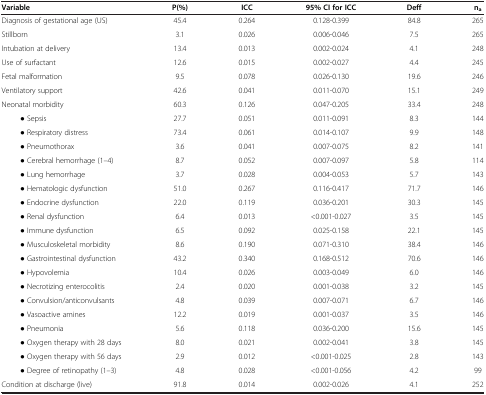
<table><thead><tr><td><b>Variable</b></td><td><b>P(%)</b></td><td><b>ICC</b></td><td><b>95% CI for ICC</b></td><td><b>Deff</b></td><td><b>n<sub>a</sub></b></td></tr></thead><tbody><tr><td>Diagnosis of gestational age (US)</td><td>45.4</td><td>0.264</td><td>0.128-0.399</td><td>84.8</td><td>265</td></tr><tr><td>Stillborn</td><td>3.1</td><td>0.026</td><td>0.006-0.046</td><td>7.5</td><td>265</td></tr><tr><td>Intubation at delivery</td><td>13.4</td><td>0.013</td><td>0.002-0.024</td><td>4.1</td><td>248</td></tr><tr><td>Use of surfactant</td><td>12.6</td><td>0.015</td><td>0.002-0.027</td><td>4.4</td><td>245</td></tr><tr><td>Fetal malformation</td><td>9.5</td><td>0.078</td><td>0.026-0.130</td><td>19.6</td><td>246</td></tr><tr><td>Ventilatory support</td><td>42.6</td><td>0.041</td><td>0.011-0.070</td><td>15.1</td><td>249</td></tr><tr><td>Neonatal morbidity</td><td>60.3</td><td>0.126</td><td>0.047-0.205</td><td>33.4</td><td>248</td></tr><tr><td>● Sepsis</td><td>27.7</td><td>0.051</td><td>0.011-0.091</td><td>8.3</td><td>144</td></tr><tr><td>● Respiratory distress</td><td>73.4</td><td>0.061</td><td>0.014-0.107</td><td>9.9</td><td>148</td></tr><tr><td>● Pneumothorax</td><td>3.6</td><td>0.041</td><td>0.007-0.075</td><td>8.2</td><td>141</td></tr><tr><td>● Cerebral hemorrhage (1–4)</td><td>8.7</td><td>0.052</td><td>0.007-0.097</td><td>5.8</td><td>114</td></tr><tr><td>● Lung hemorrhage</td><td>3.7</td><td>0.028</td><td>0.004-0.053</td><td>5.7</td><td>143</td></tr><tr><td>● Hematologic dysfunction</td><td>51.0</td><td>0.267</td><td>0.116-0.417</td><td>71.7</td><td>146</td></tr><tr><td>● Endocrine dysfunction</td><td>22.0</td><td>0.119</td><td>0.036-0.201</td><td>30.3</td><td>145</td></tr><tr><td>● Renal dysfunction</td><td>6.4</td><td>0.013</td><td>&lt;0.001-0.027</td><td>3.5</td><td>145</td></tr><tr><td>● Immune dysfunction</td><td>6.5</td><td>0.092</td><td>0.025-0.158</td><td>22.1</td><td>145</td></tr><tr><td>● Musculoskeletal morbidity</td><td>8.6</td><td>0.190</td><td>0.071-0.310</td><td>38.4</td><td>146</td></tr><tr><td>● Gastrointestinal dysfunction</td><td>43.2</td><td>0.340</td><td>0.168-0.512</td><td>70.6</td><td>146</td></tr><tr><td>● Hypovolemia</td><td>10.4</td><td>0.026</td><td>0.003-0.049</td><td>6.0</td><td>146</td></tr><tr><td>● Necrotizing enterocolitis</td><td>2.4</td><td>0.020</td><td>0.001-0.038</td><td>3.2</td><td>145</td></tr><tr><td>● Convulsion/anticonvulsants</td><td>4.8</td><td>0.039</td><td>0.007-0.071</td><td>6.7</td><td>146</td></tr><tr><td>● Vasoactive amines</td><td>12.2</td><td>0.019</td><td>0.001-0.037</td><td>3.5</td><td>146</td></tr><tr><td>● Pneumonia</td><td>5.6</td><td>0.118</td><td>0.036-0.200</td><td>15.6</td><td>145</td></tr><tr><td>● Oxygen therapy with 28 days</td><td>8.0</td><td>0.021</td><td>0.002-0.041</td><td>3.8</td><td>145</td></tr><tr><td>● Oxygen therapy with 56 days</td><td>2.9</td><td>0.012</td><td>&lt;0.001-0.025</td><td>2.8</td><td>143</td></tr><tr><td>● Degree of retinopathy (1–3)</td><td>4.8</td><td>0.028</td><td>&lt;0.001-0.056</td><td>4.2</td><td>99</td></tr><tr><td>Condition at discharge (live)</td><td>91.8</td><td>0.014</td><td>0.002-0.026</td><td>4.1</td><td>252</td></tr></tbody></table>